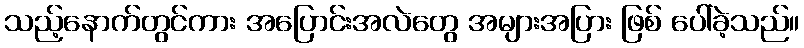
သည့်နောက်တွင်ကား အပြောင်းအလဲတွေ အများအပြား ဖြစ် ပေါ်ခဲ့သည်။